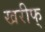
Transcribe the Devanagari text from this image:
खरीफ्